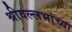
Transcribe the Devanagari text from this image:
श्रीवल्लभांच्या